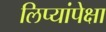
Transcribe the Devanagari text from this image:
लिप्यांपेक्षा